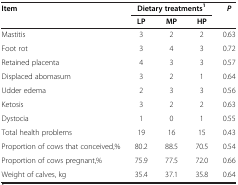
<table><thead><tr><td rowspan="2"><b>Item</b></td><td colspan="3"><b>Dietary treatments<sup>1</sup></b></td><td rowspan="2"><b><i>P</i></b></td></tr><tr><td><b>LP</b></td><td><b>MP</b></td><td><b>HP</b></td></tr></thead><tbody><tr><td>Mastitis</td><td>3</td><td>2</td><td>2</td><td>0.63</td></tr><tr><td>Foot rot</td><td>3</td><td>4</td><td>3</td><td>0.72</td></tr><tr><td>Retained placenta</td><td>4</td><td>3</td><td>3</td><td>0.57</td></tr><tr><td>Displaced abomasum</td><td>3</td><td>2</td><td>1</td><td>0.64</td></tr><tr><td>Udder edema</td><td>2</td><td>3</td><td>3</td><td>0.56</td></tr><tr><td>Ketosis</td><td>3</td><td>2</td><td>2</td><td>0.63</td></tr><tr><td>Dystocia</td><td>1</td><td>0</td><td>1</td><td>0.55</td></tr><tr><td>Total health problems</td><td>19</td><td>16</td><td>15</td><td>0.43</td></tr><tr><td>Proportion of cows that conceived,%</td><td>80.2</td><td>88.5</td><td>70.5</td><td>0.54</td></tr><tr><td>Proportion of cows pregnant,%</td><td>75.9</td><td>77.5</td><td>72.0</td><td>0.66</td></tr><tr><td>Weight of calves, kg</td><td>35.4</td><td>37.1</td><td>35.8</td><td>0.64</td></tr></tbody></table>